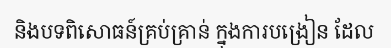
និងបទពិសោធន៍គ្រប់គ្រាន់ ក្នុងការបង្រៀន ដែល